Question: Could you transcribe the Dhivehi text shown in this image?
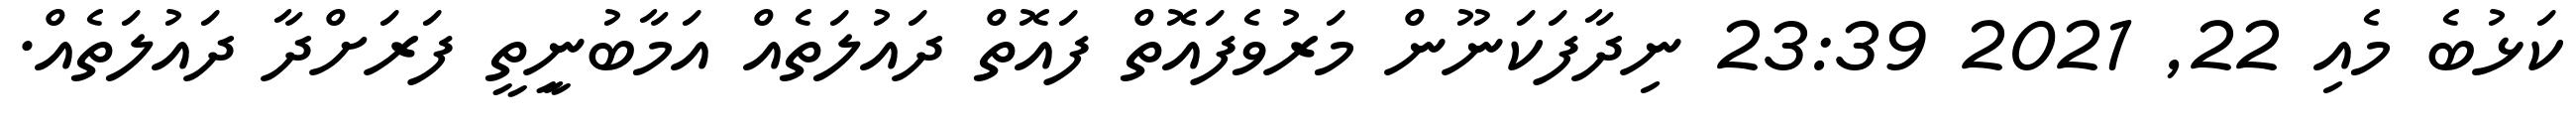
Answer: ކަޅުބެ މެއި 22, 2021 23:39 ނިދާފަކަނޫން މަރުވެފައޮތް ފައޮތް ދައުލަތެއް އަމާބުނީިތީ ފަރަށްދާ ދައުލަތެއް.